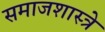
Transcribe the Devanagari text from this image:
समाजशास्त्रे